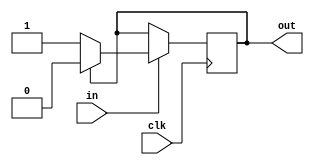
module Even_Odd_Mealey(in, clk, out);
input in, clk;
output out;
reg out;
always @ (posedge clk) 
begin 
if(in == 1) 
begin 
    if(out == 1)
        out = 0; 
    else 
	out = 1; 
    end
end
endmodule